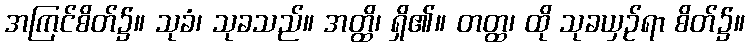
အကြင်စိတ်၌။ သုခံ၊ သုခသည်။ အတ္ထိ၊ ရှိ၏။ တတ္ထ၊ ထို သုခယှဉ်ရာ စိတ်၌။